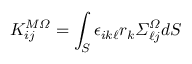
K _ { i j } ^ { M \itOmega } = \int _ { S } \epsilon _ { i k \ell } r _ { k } \itSigma _ { \ell j } ^ { \itOmega } d S